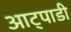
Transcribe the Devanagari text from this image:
आट्पाडी